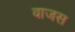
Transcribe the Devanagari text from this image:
वाजस